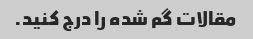
مقالات گم شده را درج کنید.